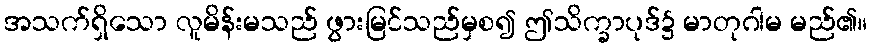
အသက်ရှိသော လူမိန်းမသည် ဖွားမြင်သည်မှစ၍ ဤသိက္ခာပုဒ်၌ မာတုဂါမ မည်၏။